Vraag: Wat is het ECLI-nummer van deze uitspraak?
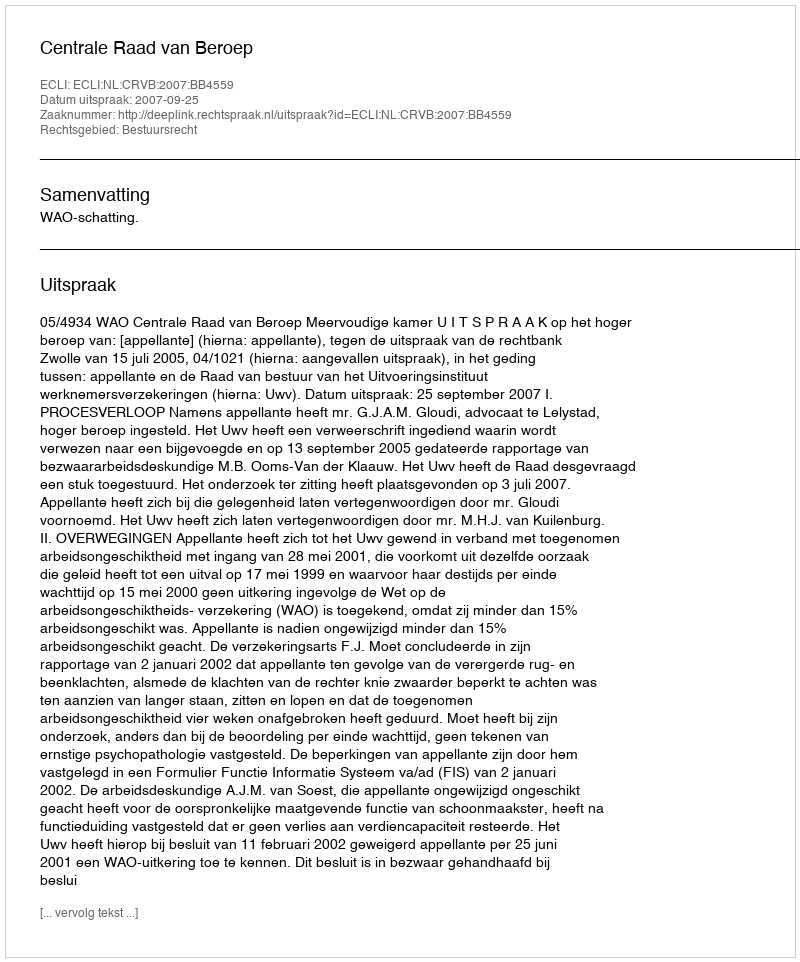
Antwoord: ECLI:NL:CRVB:2007:BB4559